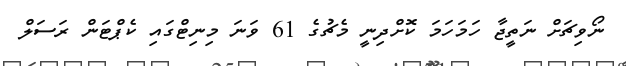
ނޯވިޗަށް ނަތީޖާ ހަމަހަމަ ކޮށްދިނީ މެޗުގެ 61 ވަނަ މިނިޓްގައި ކެޕްޓަން ރަސަލް